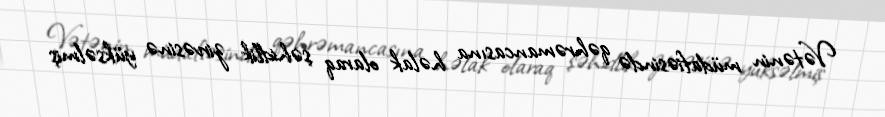
Vətənin müdafiəsində qəhrəmancasına həlak olaraq şəhidlik zirvəsinə yüksəlmiş